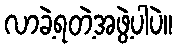
လာခဲ့ရတဲ့အဖွဲ့ပါပဲ။